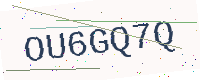
Text: OU6GQ7Q